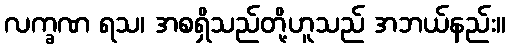
လက္ခဏ ရသ၊ အစရှိသည်တို့ဟူသည် အဘယ်နည်း။